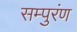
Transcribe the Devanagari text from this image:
सम्पुरंण